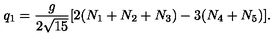
q _ { 1 } = { \frac { g } { 2 \sqrt { 1 5 } } } [ 2 ( N _ { 1 } + N _ { 2 } + N _ { 3 } ) - 3 ( N _ { 4 } + N _ { 5 } ) ] .